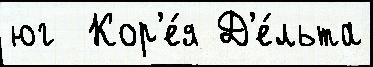
юг  Кор'е́я Д'е́льта